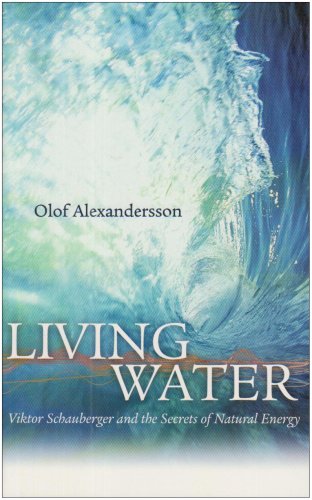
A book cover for Living Water: Viktor Schauberger and the Secrets of Natural Energy; Olof Alexandersson; Biographies & Memoirs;